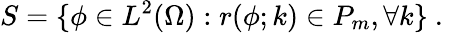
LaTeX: S=\{ \phi\in L^{2}(\Omega):r(\phi;k)\in P_{m},\forall k\} \mathrm{~.~}